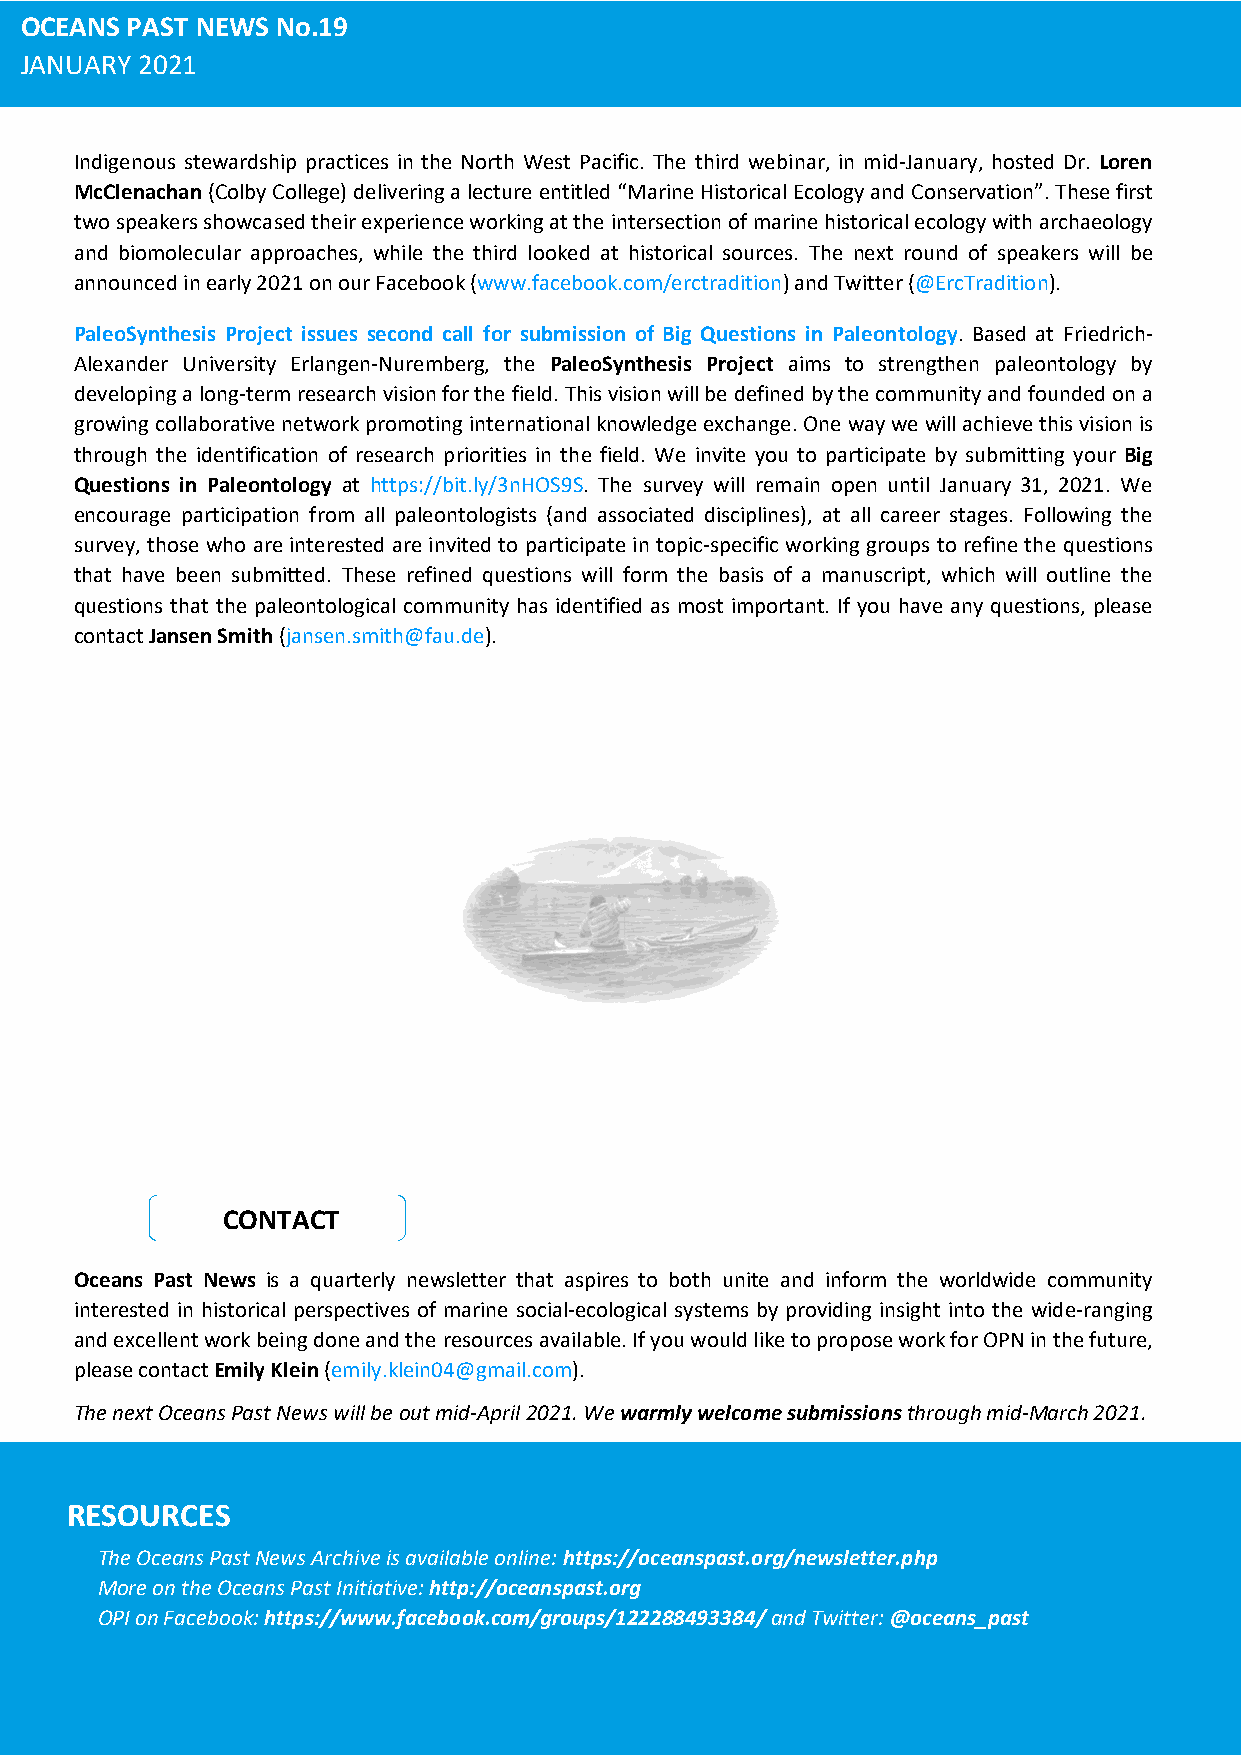
OCEANS PAST NEWS No.19
 JANUARY 2021
 Indigenous stewardship practices in the North West Pacific. The third webinar, in mid-January, hosted Dr. Loren
 McClenachan (Colby College) delivering a lecture entitled “Marine Historical Ecology and Conservation”. These first
 two speakers showcased their experience working at the intersection of marine historical ecology with archaeology
 and biomolecular approaches, while the third looked at historical sources. The next round of speakers will be
 announced in early 2021 on our Facebook (www.facebook.com/erctradition) and Twitter (@ErcTradition).
 PaleoSynthesis Project issues second call for submission of Big Questions in Paleontology. Based at Friedrich-
 Alexander University Erlangen-Nuremberg, the PaleoSynthesis Project aims to strengthen paleontology by
 developing a long-term research vision for the field. This vision will be defined by the community and founded on a
 growing collaborative network promoting international knowledge exchange. One way we will achieve this vision is
 through the identification of research priorities in the field. We invite you to participate by submitting your Big
 Questions in Paleontology at https://bit.ly/3nHOS9S. The survey will remain open until January 31, 2021. We
 encourage participation from all paleontologists (and associated disciplines), at all career stages. Following the
 survey, those who are interested are invited to participate in topic-specific working groups to refine the questions
 that have been submitted. These refined questions will form the basis of a manuscript, which will outline the
 questions that the paleontological community has identified as most important. If you have any questions, please
 contact Jansen Smith (jansen.smith@fau.de).
 CONTACT
 Oceans Past News is a quarterly newsletter that aspires to both unite and inform the worldwide community
 interested in historical perspectives of marine social-ecological systems by providing insight into the wide-ranging
 and excellent work being done and the resources available. If you would like to propose work for OPN in the future,
 please contact Emily Klein (emily.klein04@gmail.com).
 The next Oceans Past News will be out mid-April 2021. We warmly welcome submissions through mid-March 2021.
 RESOURCES
 The Oceans Past News Archive is available online: https://oceanspast.org/newsletter.php
 More on the Oceans Past Initiative: http://oceanspast.org
 OPI on Facebook: https://www.facebook.com/groups/122288493384/ and Twitter: @oceans_past
 7 | P a ge